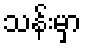
သန်းမှာ